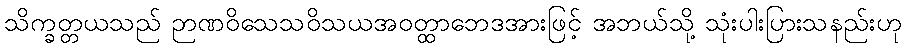
သိက္ခတ္တယသည် ဉာဏဝိသေသဝိသယအဝတ္ထာဘေဒအားဖြင့် အဘယ်သို့ သုံးပါးပြားသနည်းဟု